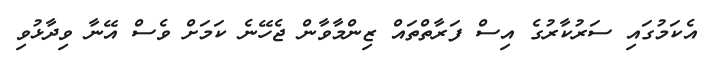
އެކަމުގައި ސަރުކާރުގެ އިސް ފަރާތްތައް ޒިންމާވާން ޖެހޭނެ ކަމަށް ވެސް އޭނާ ވިދާޅުވި